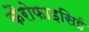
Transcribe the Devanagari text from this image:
कैरोफाइसिई